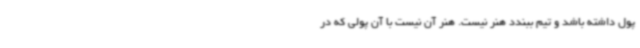
پول داشته باشد و تیم ببندد هنر نیست. هنر آن نیست با آن پولی که در